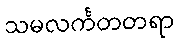
သမလင်္ကတတရာ